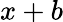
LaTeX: x+b